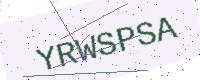
Text: YRWSPSA